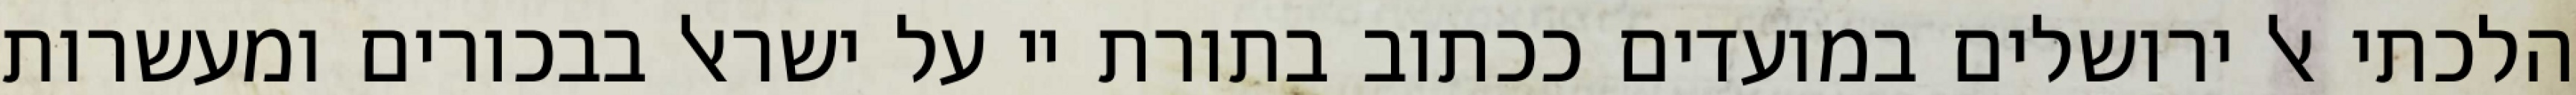
הלכתי אל ירושלים במועדים ככתוב בתורת יי על ישראל בבכורים ומעשרות